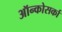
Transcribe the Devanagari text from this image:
ऑन्कोसर्का